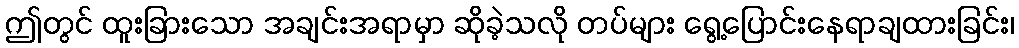
ဤတွင် ထူးခြားသော အချင်းအရာမှာ ဆိုခဲ့သလို တပ်များ ရွေ့ပြောင်းနေရာချထားခြင်း၊